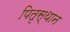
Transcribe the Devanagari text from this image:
पितृस्थान